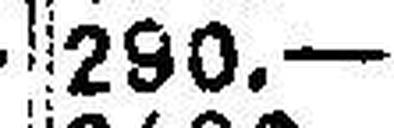
290.—